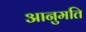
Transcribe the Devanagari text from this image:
आनुमति